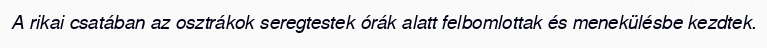
A rikai csatában az osztrákok seregtestek órák alatt felbomlottak és menekülésbe kezdtek.